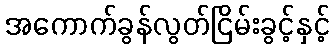
အကောက်ခွန်လွတ်ငြိမ်းခွင့်နှင့်